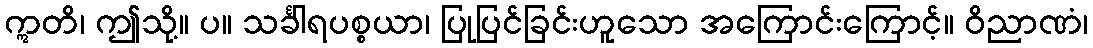
ဣတိ၊ ဤသို့။ ပ။ သင်္ခါရပစ္စယာ၊ ပြုပြင်ခြင်းဟူသော အကြောင်းကြောင့်။ ဝိညာဏံ၊